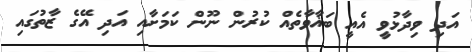
އަދި ވިދާޅުވީ އެއީ ބަޣާވާތެއް ކުރުން ނޫން ކަމަށާއި އަދި އޭގެ ޒާތުގައި